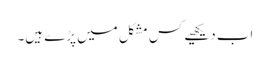
اب دیکھیے کس مشکل میں پڑے ہیں۔